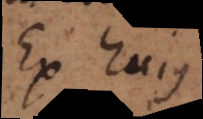
Ex hujus